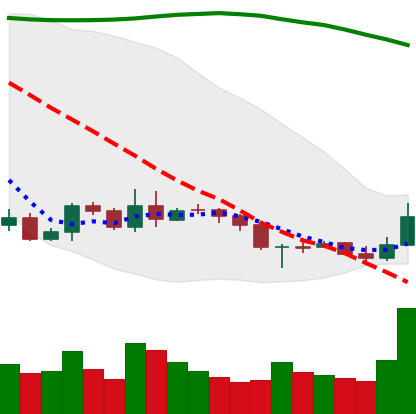
Ticker: BNB-USD
Chart end date: 2019-09-18
Forward return: -12.446%
Label: down_7plus